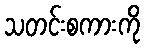
သတင်းစကားကို